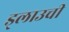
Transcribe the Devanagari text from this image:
ड्लाउची